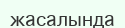
жасалында